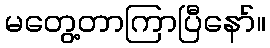
မတွေ့တာကြာပြီနော်။